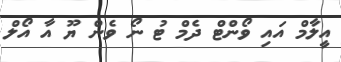
އީލާމް އައި ވޯންޓް ދެމް ޓު ނޯ ވެން ޔޫ އާ އޯލް